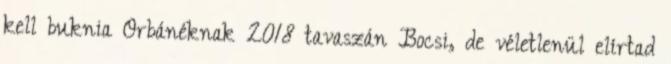
kell buknia Orbánéknak 2018 tavaszán Bocsi, de véletlenül elírtad